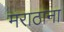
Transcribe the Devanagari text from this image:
मराठांना